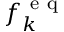
f _ { k } ^ { \mathrm { ~ e ~ q ~ } }